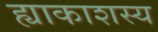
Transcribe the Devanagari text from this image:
ह्याकाशस्य